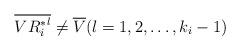
LaTeX: \begin{align*}\overline{V{R^*_i}^l}\ne \overline{V}(l=1,2,\ldots,k_i-1)\end{align*}